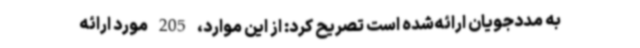
به مددجویان ارائه‌شده است تصریح کرد: از این موارد، 205 مورد ارائه